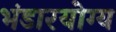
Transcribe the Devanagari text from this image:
भंडारयोग्य